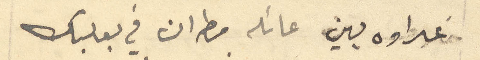
عداوه بين عائله مطران في بعلبك